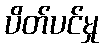
ပိတ်ပင်မှု